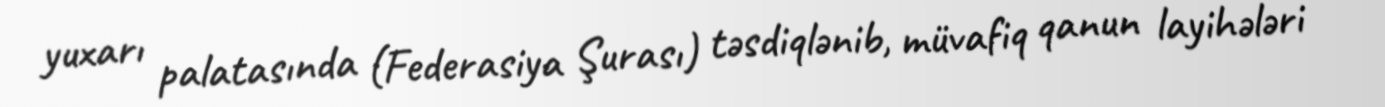
yuxarı palatasında (Federasiya Şurası) təsdiqlənib, müvafiq qanun layihələri